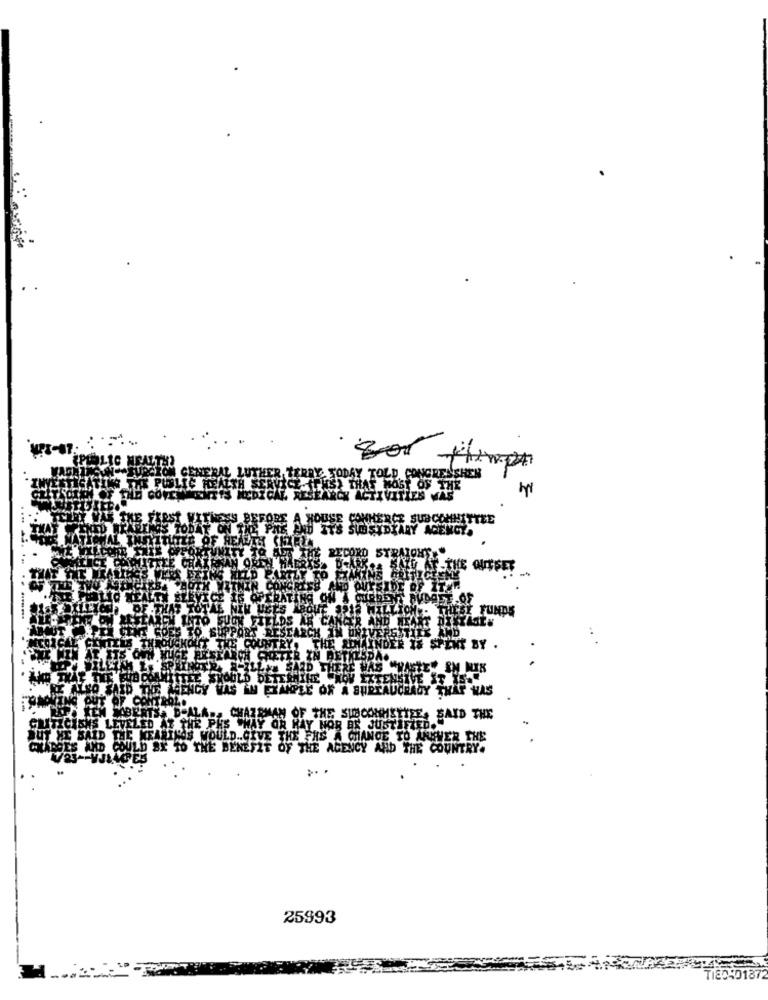
TERRY TODAY TOLD CONGRESSHEN
IS PUBLIC HEALTH SERVICE (PIS) THAT MOST OF THE
CDICAL RESEARCH ACTIVITIES WAS
TTEE
ENCY
C OF HE
STRATOHE
Y FUNDS
AND WE
SEARCH IN UNIVERS TILL AND
DES TO SU
THE SCHAINDER IS SPENT BY .
IN BETHESDA.
SPRINGTRA
ID THERE WAS "WASTE" SM MIK
NIKE KOV EXTENSIVE IT YS-
SO SAID THEY GENCY VAS IN EXAMPLE OF A BUREAUCRACY THAT WAS
AD-ALA ., CHAIRMAN OF THE SUBCONHETTEE, SAID THE
CRITICISMS LEVELED AZ THE PHS "HAY OR HAY NOR EN JUSTIFIED.
BUT HE SAID THE WEARINGS MOULD .. GIVE THE FHS A CHANCE TO ANSWER THE
CHARGES AND COULD SX TO THE BENEFIT OF THE AGENCY AND THE COUNTRY.
25993
TI80-01872